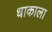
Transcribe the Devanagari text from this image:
धाकाला